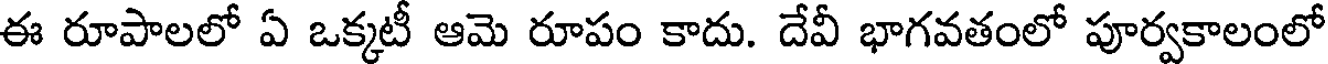
ఈ రూపాలలో ఏ ఒక్కటీ ఆమె రూపం కాదు. దేవీ భాగవతంలో పూర్వకాలంలో